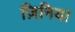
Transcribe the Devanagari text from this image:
ज़िनिया